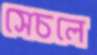
সেচলে